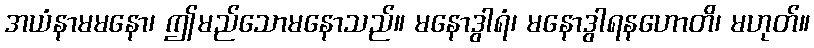
အယံနာမမနော၊ ဤမည်သောမနောသည်။ မနောဒွါရံ၊ မနောဒွါရနဟောတိ၊ မဟုတ်။